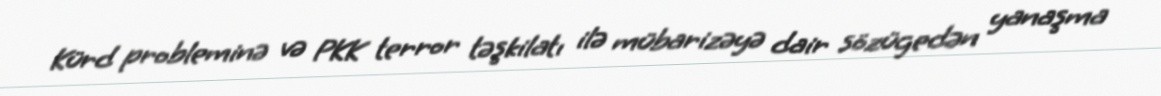
Kürd probleminə və PKK terror təşkilatı ilə mübarizəyə dair sözügedən yanaşma